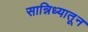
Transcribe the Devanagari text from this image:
सान्निध्यातून